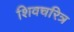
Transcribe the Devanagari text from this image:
शिवचरित्र